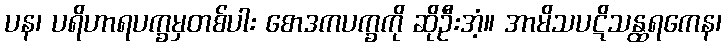
ပန၊ ပရိဟာရပက္ခမှတစ်ပါး စောဒကပက္ခကို ဆိုဦးအံ့။ အာမိသပဋိသန္ထရကေန၊